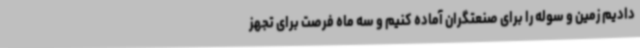
دادیم زمین و سوله را برای صنعتگران آماده کنیم و سه ماه فرصت برای تجهز